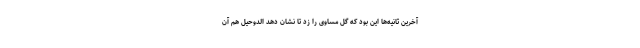
آخرین ثانیه‌ها این بود که گل مساوی را زد تا نشان دهد الدوحیل هم آن